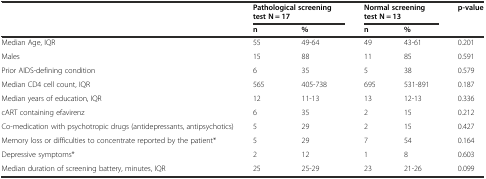
<table><thead><tr><td></td><td colspan="2"><b>Pathological screening test N = 17</b></td><td colspan="2"><b>Normal screening test N = 13</b></td><td><b>p-value</b></td></tr><tr><td></td><td><b>n</b></td><td><b>%</b></td><td><b>n</b></td><td><b>%</b></td><td></td></tr></thead><tbody><tr><td>Median Age, IQR</td><td>55</td><td>49-64</td><td>49</td><td>43-61</td><td>0.201</td></tr><tr><td>Males</td><td>15</td><td>88</td><td>11</td><td>85</td><td>0.591</td></tr><tr><td>Prior AIDS-defining condition</td><td>6</td><td>35</td><td>5</td><td>38</td><td>0.579</td></tr><tr><td>Median CD4 cell count, IQR</td><td>565</td><td>405-738</td><td>695</td><td>531-891</td><td>0.187</td></tr><tr><td>Median years of education, IQR</td><td>12</td><td>11-13</td><td>13</td><td>12-13</td><td>0.336</td></tr><tr><td>cART containing efavirenz</td><td>6</td><td>35</td><td>2</td><td>15</td><td>0.212</td></tr><tr><td>Co-medication with psychotropic drugs (antidepressants, antipsychotics)</td><td>5</td><td>29</td><td>2</td><td>15</td><td>0.427</td></tr><tr><td>Memory loss or difficulties to concentrate reported by the patient*</td><td>5</td><td>29</td><td>7</td><td>54</td><td>0.164</td></tr><tr><td>Depressive symptoms*</td><td>2</td><td>12</td><td>1</td><td>8</td><td>0.603</td></tr><tr><td>Median duration of screening battery, minutes, IQR</td><td>25</td><td>25-29</td><td>23</td><td>21-26</td><td>0.099</td></tr></tbody></table>